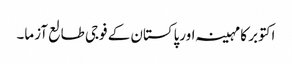
اکتوبر کا مہینہ اورپاکستان کے فوجی طالع آزما۔